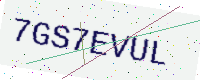
Text: 7GS7EVUL